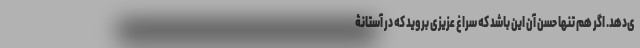
ی‌دهد. اگر هم تنها حُسن آن این باشد که سراغ عزیزی بروید که در آستانۀ